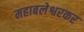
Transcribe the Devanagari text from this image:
महाबलेश्वरकर